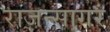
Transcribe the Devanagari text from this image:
राजन्सागरं